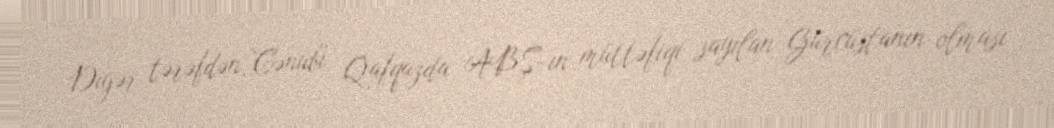
Digər tərəfdən, Cənubi Qafqazda ABŞ-ın müttəfiqi sayılan Gürcüstanın olması